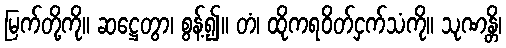
မြက်တို့ကို။ ဆဋ္ဌေတွာ၊ စွန့်၍။ တံ၊ ထိုကရဝိတ်ငှက်သံကို။ သုဏန္တိ၊